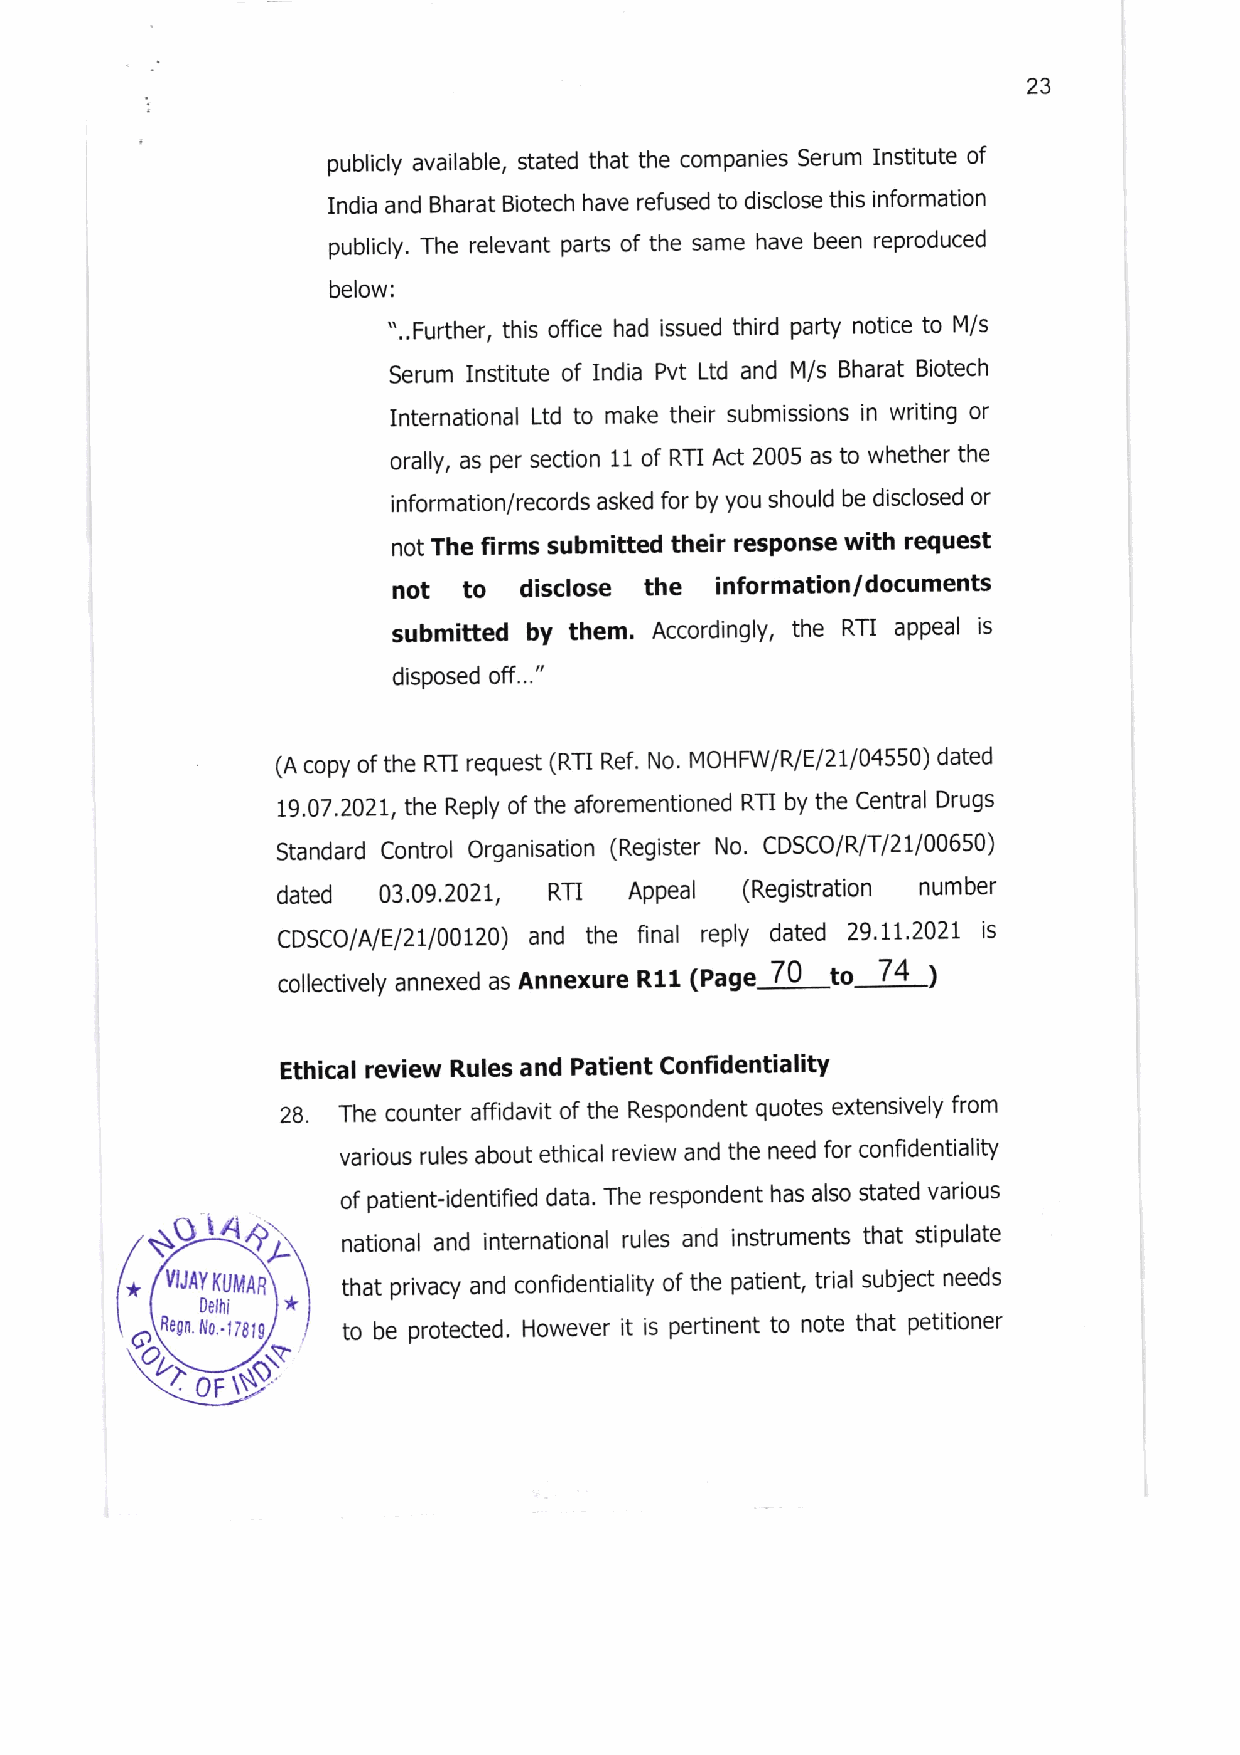
23
 publicly available, stated that the companies Serum Institute of
 India and Bharat Biotech have refused to disclose this information
 publicly. The relevant parts of the same have been reproduced
 below:
 "..Further, this office had issued third party notlce to M/s
 Serum Instltute of India Pvt Ltd and M/s Bharat Biotech
 International Ltd to make their submissions in wrlting or
 orally, as per section 11 of RTI Act 2005 as to whether the
 information/records asked for by you should be disclosed or
 not The firms submitted their response with request
 not  to disclose the information/documents
 submitted by them. Accordingly, the RTI appeal is
 disposed off..."
 (A copy of the RTI request (Rn Ref. No. MOHFWi R/E/2U04550) dated
 79.07.2021, the Reply of the aforementloned RTI by the Central Drugs
 Standard Control Organisation (Register No. CDSCO/R/T/21i00650)
 dated  03.09.2021, RTI  Appeal (Registration number
 CDSCOlAlEl2l/00120) and the final replv dated 29.tL'202t is
 70
 collectively annexed as Annexure R11 (Page to 74
 Ethical review Rules and Patient Confidentiality
 28. The counter affidavlt of the Respondent quotes extensively from
 various rules about ethical review and the need for confidentiality
 of patient-identified data' The respondent has also stated various
 t
 national and international rules and instruments that stipulate
 *  I,UAY KUMAR that privacy and confidentiality of the patient, trial subject needs
 *
 0elhi
 8egn. t/o,.l7glI to be protected. However it is pertinent to note that petitioner
 OF